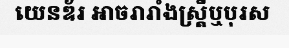
យេនឌ័រ អាចរារាំងស្ត្រីឬបុរស